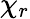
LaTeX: \chi_{r}